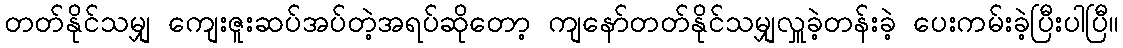
တတ်နိုင်သမျှ ကျေးဇူးဆပ်အပ်တဲ့အရပ်ဆိုတော့ ကျနော်တတ်နိုင်သမျှလှူခဲ့တန်းခဲ့ ပေးကမ်းခဲ့ပြီးပါပြီ။